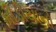
મીડીયાનો